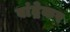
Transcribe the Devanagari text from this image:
वांद्रेकर